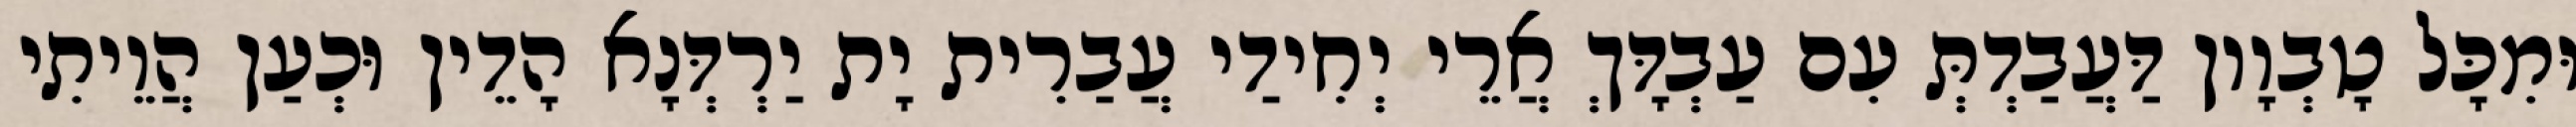
וּמִכָּל טָבְוָון דַּעֲבַדְתְּ עִם עַבְדָּךְ אֲרֵי יְחִידַי עֲבַרִית יָת יַרְדְּנָא הָדֵין וּכְעַן הֲוֵיתִי